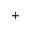
+